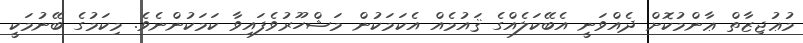
މުޢުޖިޒާތް ޢާންމުކޮށް ދެއްވަނީ އެބޭކަލެއްގެ ޤައުމެއް އެކަމަކުން މަޝްހޫރުވެފައިވާ ކަމަކުންނެވެ. މިކަމުގެ ބޭނުމަކީ